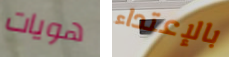
هويات بالإعتداء